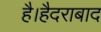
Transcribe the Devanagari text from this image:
है।हैदराबाद